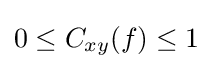
0\leq C_{xy}(f)\leq 1